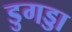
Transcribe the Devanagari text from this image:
डुगड्डा